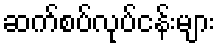
ဆက်စပ်လုပ်ငန်းများ